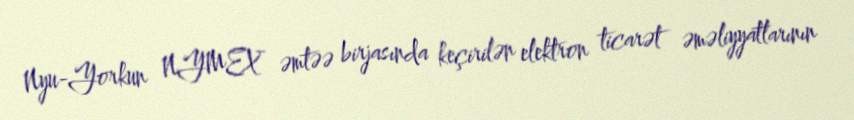
Nyu-Yorkun NYMEX əmtəə birjasında keçirilən elektron ticarət əməliyyatlarının